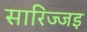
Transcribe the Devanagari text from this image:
सारिज्जइ